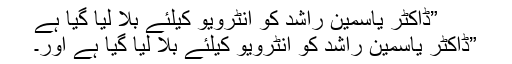
”ڈاکٹر یاسمین راشد کو انٹرویو کیلئے بلا لیا گیا ہے
”ڈاکٹر یاسمین راشد کو انٹرویو کیلئے بلا لیا گیا ہے اور۔